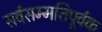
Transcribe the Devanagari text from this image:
सर्वसम्मतिपूर्वक